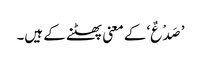
’صَدْعٌ‘ کے معنی پھٹنے کے ہیں۔